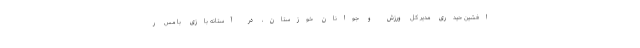
افشین حیدری مدیر کل ورزش و جوانان خوزستان، در آستانه بازی با مس ر